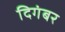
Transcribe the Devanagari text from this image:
दिगंबर